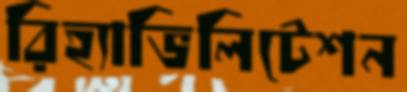
রিহ্যাভিলিটেশন